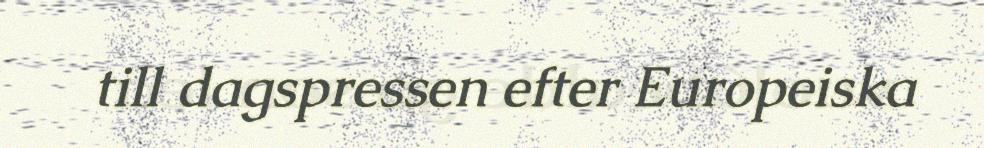
till dagspressen efter Europeiska